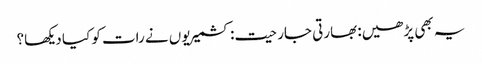
یہ بھی پڑھیں: بھارتی جارحیت: کشمیریوں نے رات کو کیا دیکھا؟